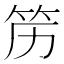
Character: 𱷰